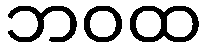
ဘဝထ